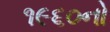
૧૯૬૦નો